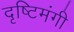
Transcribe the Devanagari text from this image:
दृष्टिमंगी